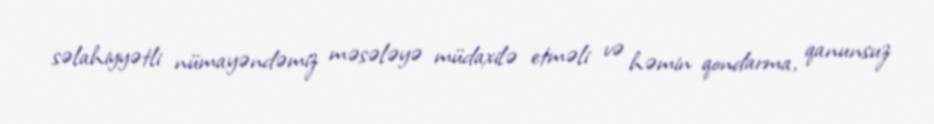
səlahiyyətli nümayəndəmiz məsələyə müdaxilə etməli və həmin qondarma, qanunsuz